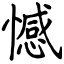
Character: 憾